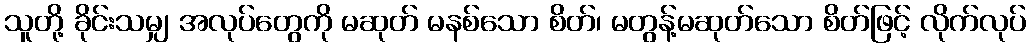
သူတို့ ခိုင်းသမျှ အလုပ်တွေကို မဆုတ် မနစ်သော စိတ်၊ မတွန့်မဆုတ်သော စိတ်ဖြင့် လိုက်လုပ်